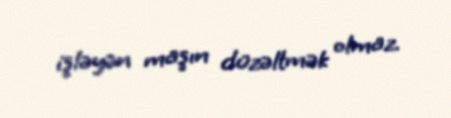
işləyən maşın düzəltmək olmaz.